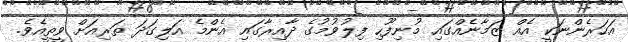
އަހަރެންނަކީ އެއް ޒަމާނެއްގައި މުނިފޫހި ފިލުވުމުގެ ދާއިރާގައި އެންމެ އަލިގަދަ ތަރިއަށް ވީތީއެވެ.